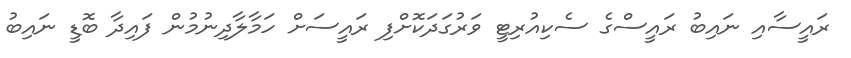
ރައީސާއި ނައިބު ރައީސްގެ ސެކިއުރިޓީ ވަރުގަދަކޮށްފި ރައީސަށް ހަމާލާދިނުމުން ފައިދާ ބޮޑީ ނައިބު